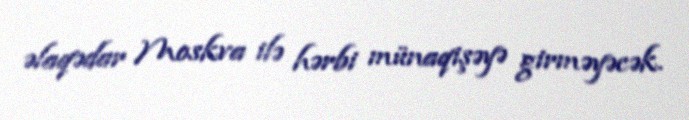
əlaqədar Moskva ilə hərbi münaqişəyə girməyəcək.